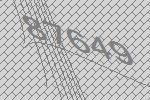
87649